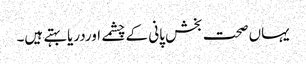
یہاں صحت بخش پانی کے چشمے اوردریابہتے ہیں۔